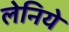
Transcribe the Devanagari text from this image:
लेनिये